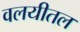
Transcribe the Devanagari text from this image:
वलयीतल